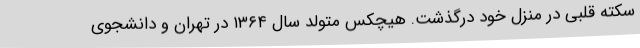
سکته قلبی در منزل خود درگذشت. هیچکس متولد سال ۱۳۶۴ در تهران و دانشجوی